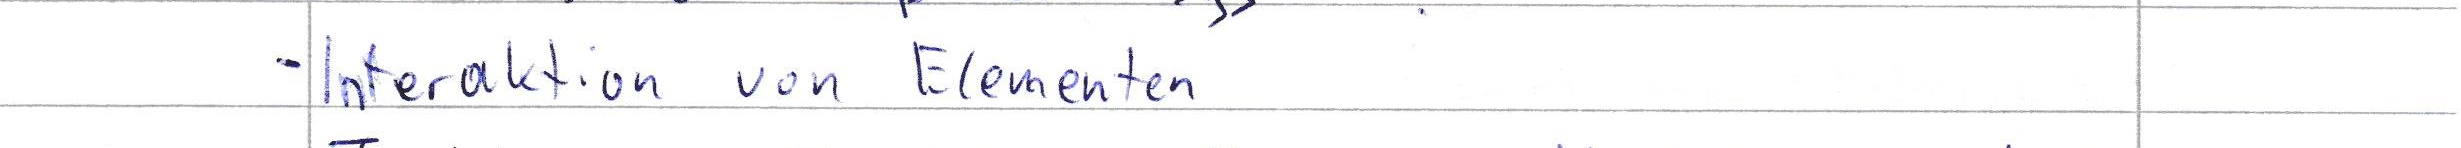
- Interaktion von Elementen